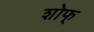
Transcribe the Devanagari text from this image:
शोफ्